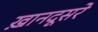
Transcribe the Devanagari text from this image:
ख़ानदूसरे